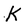
Character: K